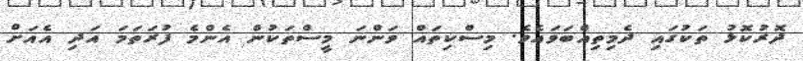
ދޮރުކޮޅު ތަކުގައި ދެމިތިއްބަވައެވެ. މިސްކިތައް ވަންނަ މީސްތަކުން އެންމެ ފުރަތަމަ އަދި އެއަށް